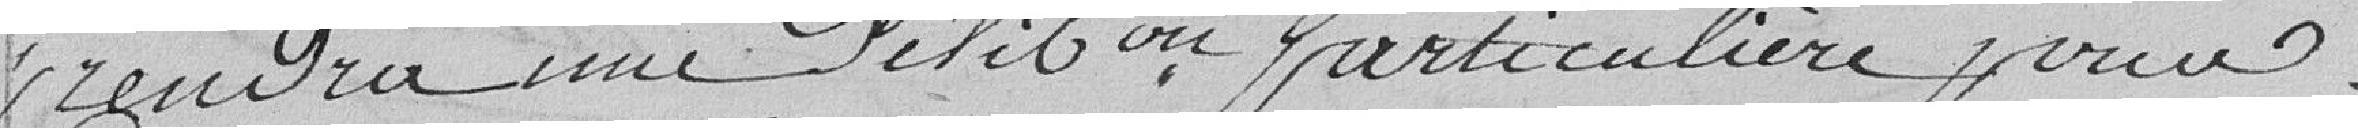
prendra une délibération particulière pour